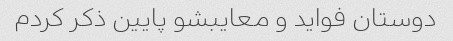
دوستان فواید و معایبشو پایین ذکر کردم